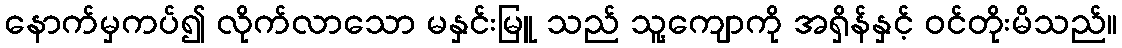
နောက်မှကပ်၍ လိုက်လာသော မနှင်းမြူ သည် သူ့ကျောကို အရှိန်နှင့် ဝင်တိုးမိသည်။